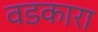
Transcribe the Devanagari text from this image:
वडकारा